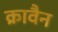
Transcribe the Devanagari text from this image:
क्रावैन